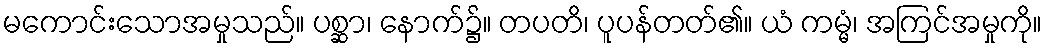
မကောင်းသောအမှုသည်။ ပစ္ဆာ၊ နောက်၌။ တပတိ၊ ပူပန်တတ်၏။ ယံ ကမ္မံ၊ အကြင်အမှုကို။